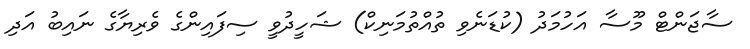
ސާޖަންޓް މޫސާ އަހުމަދު (ކުޑަނެވި ތުއްތުމަނިކް) ޝަހީދުވީ ސިފައިންގެ ވެރިޔާގެ ނައިބު އަދި